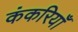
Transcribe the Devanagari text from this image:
कंकरियाँ